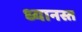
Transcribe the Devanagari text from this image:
ध्यानस्त